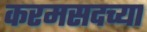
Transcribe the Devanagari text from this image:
करमसदच्या